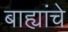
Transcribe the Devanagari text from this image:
बाह्यांचे